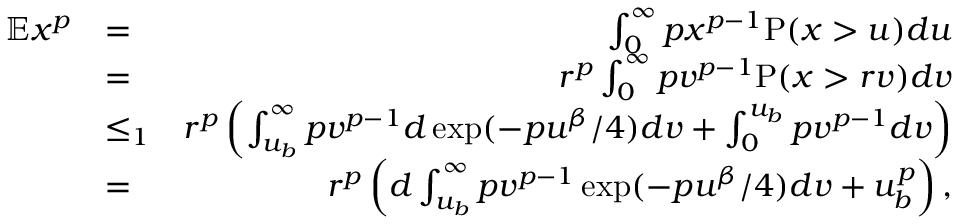
\begin{array} { r l r } { \mathbb { E } x ^ { p } } & { = } & { \int _ { 0 } ^ { \infty } p x ^ { p - 1 } \mathrm { P } ( x > u ) d u } \\ & { = } & { r ^ { p } \int _ { 0 } ^ { \infty } p v ^ { p - 1 } \mathrm { P } ( x > r v ) d v } \\ & { \leq _ { 1 } } & { r ^ { p } \left( \int _ { u _ { b } } ^ { \infty } p v ^ { p - 1 } d \exp ( - p u ^ { \beta } / 4 ) d v + \int _ { 0 } ^ { u _ { b } } p v ^ { p - 1 } d v \right) } \\ & { = } & { r ^ { p } \left( d \int _ { u _ { b } } ^ { \infty } p v ^ { p - 1 } \exp ( - p u ^ { \beta } / 4 ) d v + u _ { b } ^ { p } \right) , } \end{array}